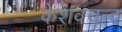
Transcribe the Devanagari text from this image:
केशवचन्द